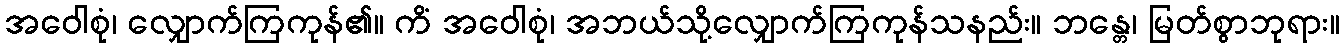
အဝေါစုံ၊ လျှောက်ကြကုန်၏။ ကိံ အဝေါစုံ၊ အဘယ်သို့လျှောက်ကြကုန်သနည်း။ ဘန္တေ၊ မြတ်စွာဘုရား။